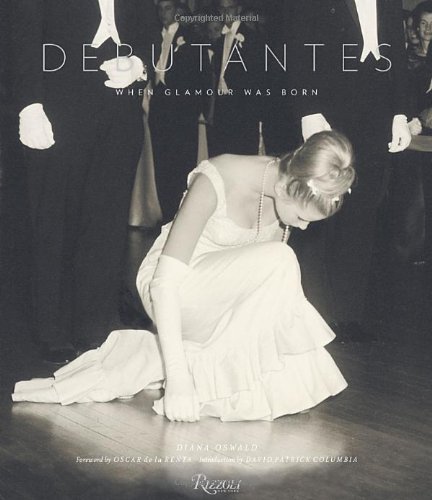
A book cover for Debutantes: When Glamour was Born; Diana Oswald; Humor & Entertainment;